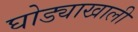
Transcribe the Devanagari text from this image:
घोड्याखाली